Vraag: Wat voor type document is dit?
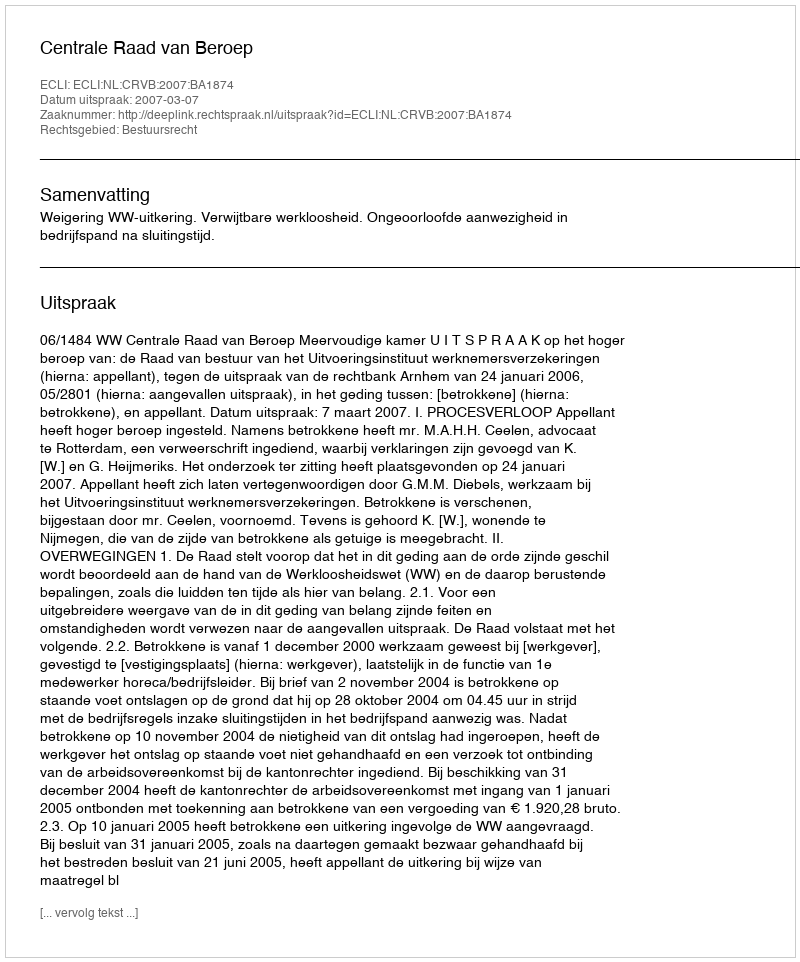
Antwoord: Uitspraak